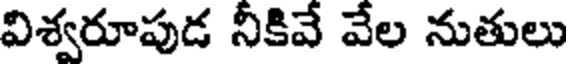
విశ్వరూపుడ నీకివే వేల నుతులు